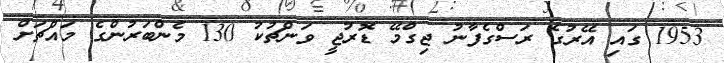
1953 ގައި އޭރުގެ ރަސްގެފާނު ޖިގްމޭ ޑޮރުޖީ ވަންޗުކު 130 މެންބަރުންގެ މައްޗަށް